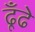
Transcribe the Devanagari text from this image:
ढूँढे